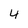
Character: 4